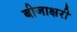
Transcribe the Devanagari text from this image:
बीजाक्षरी